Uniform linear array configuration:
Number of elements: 16
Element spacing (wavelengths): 0.25
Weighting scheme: uniform
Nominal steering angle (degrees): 30
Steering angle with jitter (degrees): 29.325
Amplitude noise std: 0.05
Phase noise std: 0.05

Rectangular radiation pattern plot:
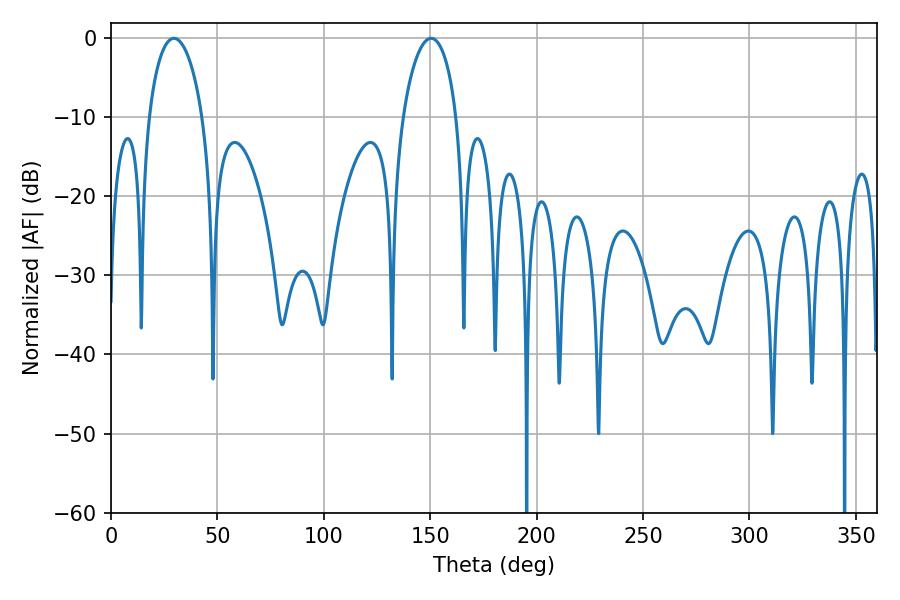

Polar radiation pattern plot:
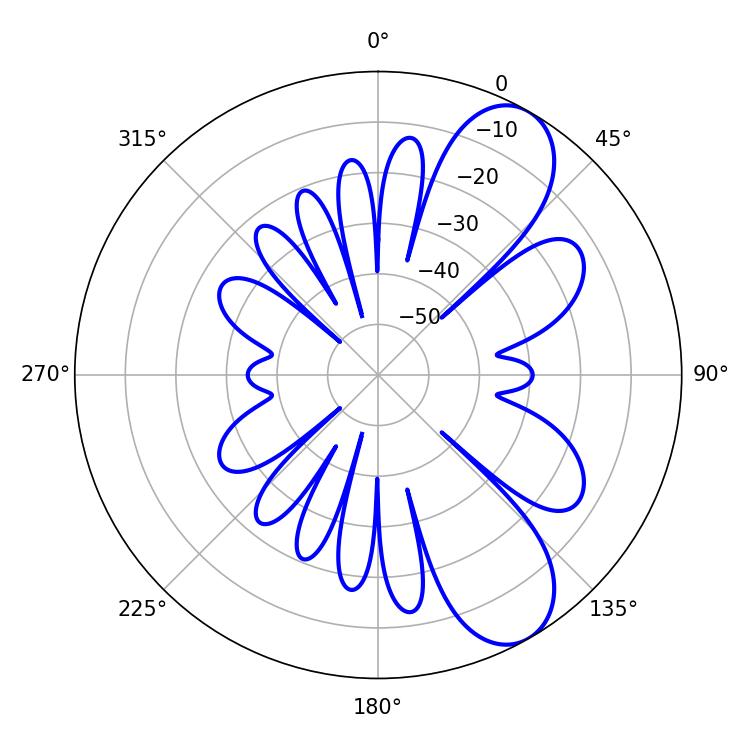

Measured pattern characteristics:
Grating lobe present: FALSE
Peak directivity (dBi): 8.561
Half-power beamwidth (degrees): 14.4
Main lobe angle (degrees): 29.52